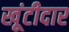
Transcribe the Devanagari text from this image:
खूंटीदार